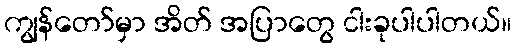
ကျွန်တော်မှာ အိတ် အပြာတွေ ငါးခုပါပါတယ်။